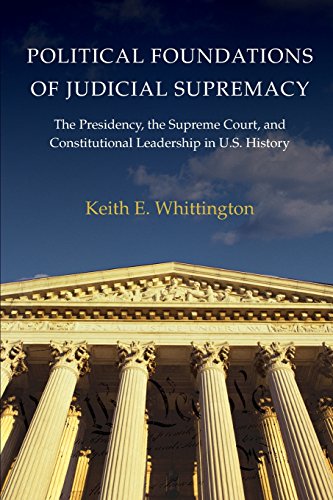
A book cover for Political Foundations of Judicial Supremacy: The Presidency, the Supreme Court, and Constitutional Leadership in U.S. History (Princeton Studies in ... International, and Comparative Perspectives); Keith E. Whittington; Law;